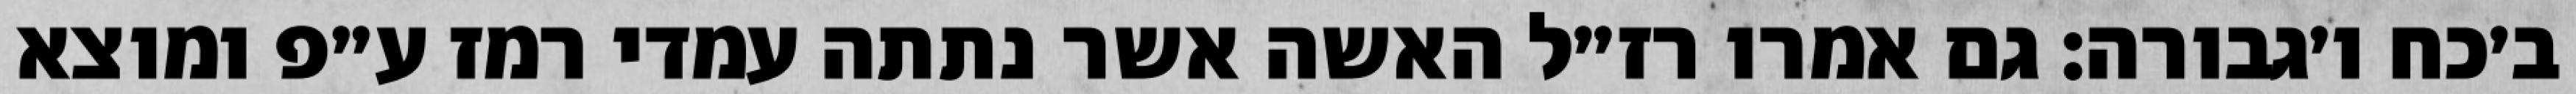
ב׳כח ו׳גבורה: גם אמרו רז״ל האשה אשר נתתה עמדי רמז ע״פ ומוצא